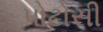
પોટોસી